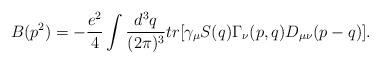
LaTeX: \begin{align*}B(p^{2})=-\frac{e^{2}}{4}\int \frac{d^{3}q}{(2\pi )^{3}}tr\lbrack \gamma_{\mu }S(q)\Gamma _{\nu }(p,q)D_{\mu \nu }(p-q)\rbrack .\end{align*}